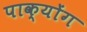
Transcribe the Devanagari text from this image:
पाक्योंग